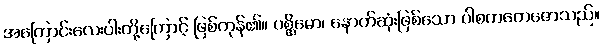
အကြောင်းလေးပါးတို့ကြောင့် ဖြစ်ကုန်၏။ ပစ္ဆိမော၊ နောက်ဆုံးဖြစ်သော ပါစကတေဇောသည်။